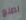
لصنع